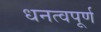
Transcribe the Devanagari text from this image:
धनत्वपूर्ण